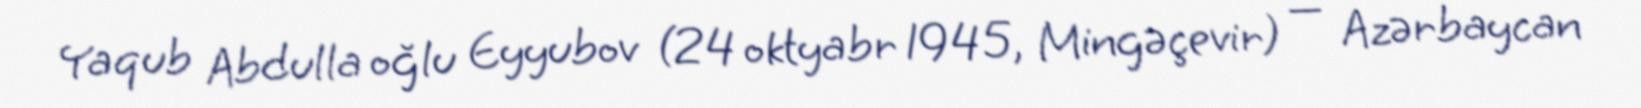
Yaqub Abdulla oğlu Eyyubov (24 oktyabr 1945, Mingəçevir) — Azərbaycan